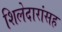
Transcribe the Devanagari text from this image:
शिलेदारांसह